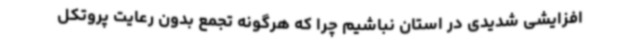
افزایشی شدیدی در استان نباشیم چرا که هرگونه تجمع بدون رعایت پروتکل